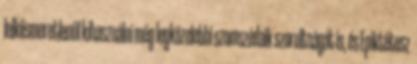
lelkiismeretlenül kihasználni még legközelebbi szomszédaik szorultságát is, és Epiktétosz